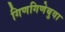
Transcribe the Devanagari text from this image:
गिणगिणेबुवा